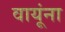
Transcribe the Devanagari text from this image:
वायूंना